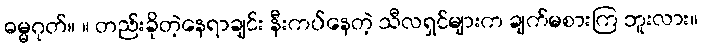
ဓမ္မဂုတ်။ ။ တည်းခိုတဲ့နေရာချင်း နီးကပ်နေတဲ့ သီလရှင်များက ချက်မစားကြ ဘူးလား။